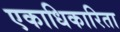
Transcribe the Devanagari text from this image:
एकाधिकारिता